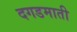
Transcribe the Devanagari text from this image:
दगडमाती